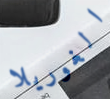
الغوريلا